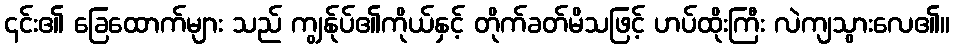
၎င်း၏ ခြေထောက်များ သည် ကျွန်ုပ်၏ကိုယ်နှင့် တိုက်ခတ်မိသဖြင့် ဟပ်ထိုးကြီး လဲကျသွားလေ၏။